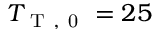
T _ { \mathrm { ~ T ~ , ~ 0 ~ } } = 2 5